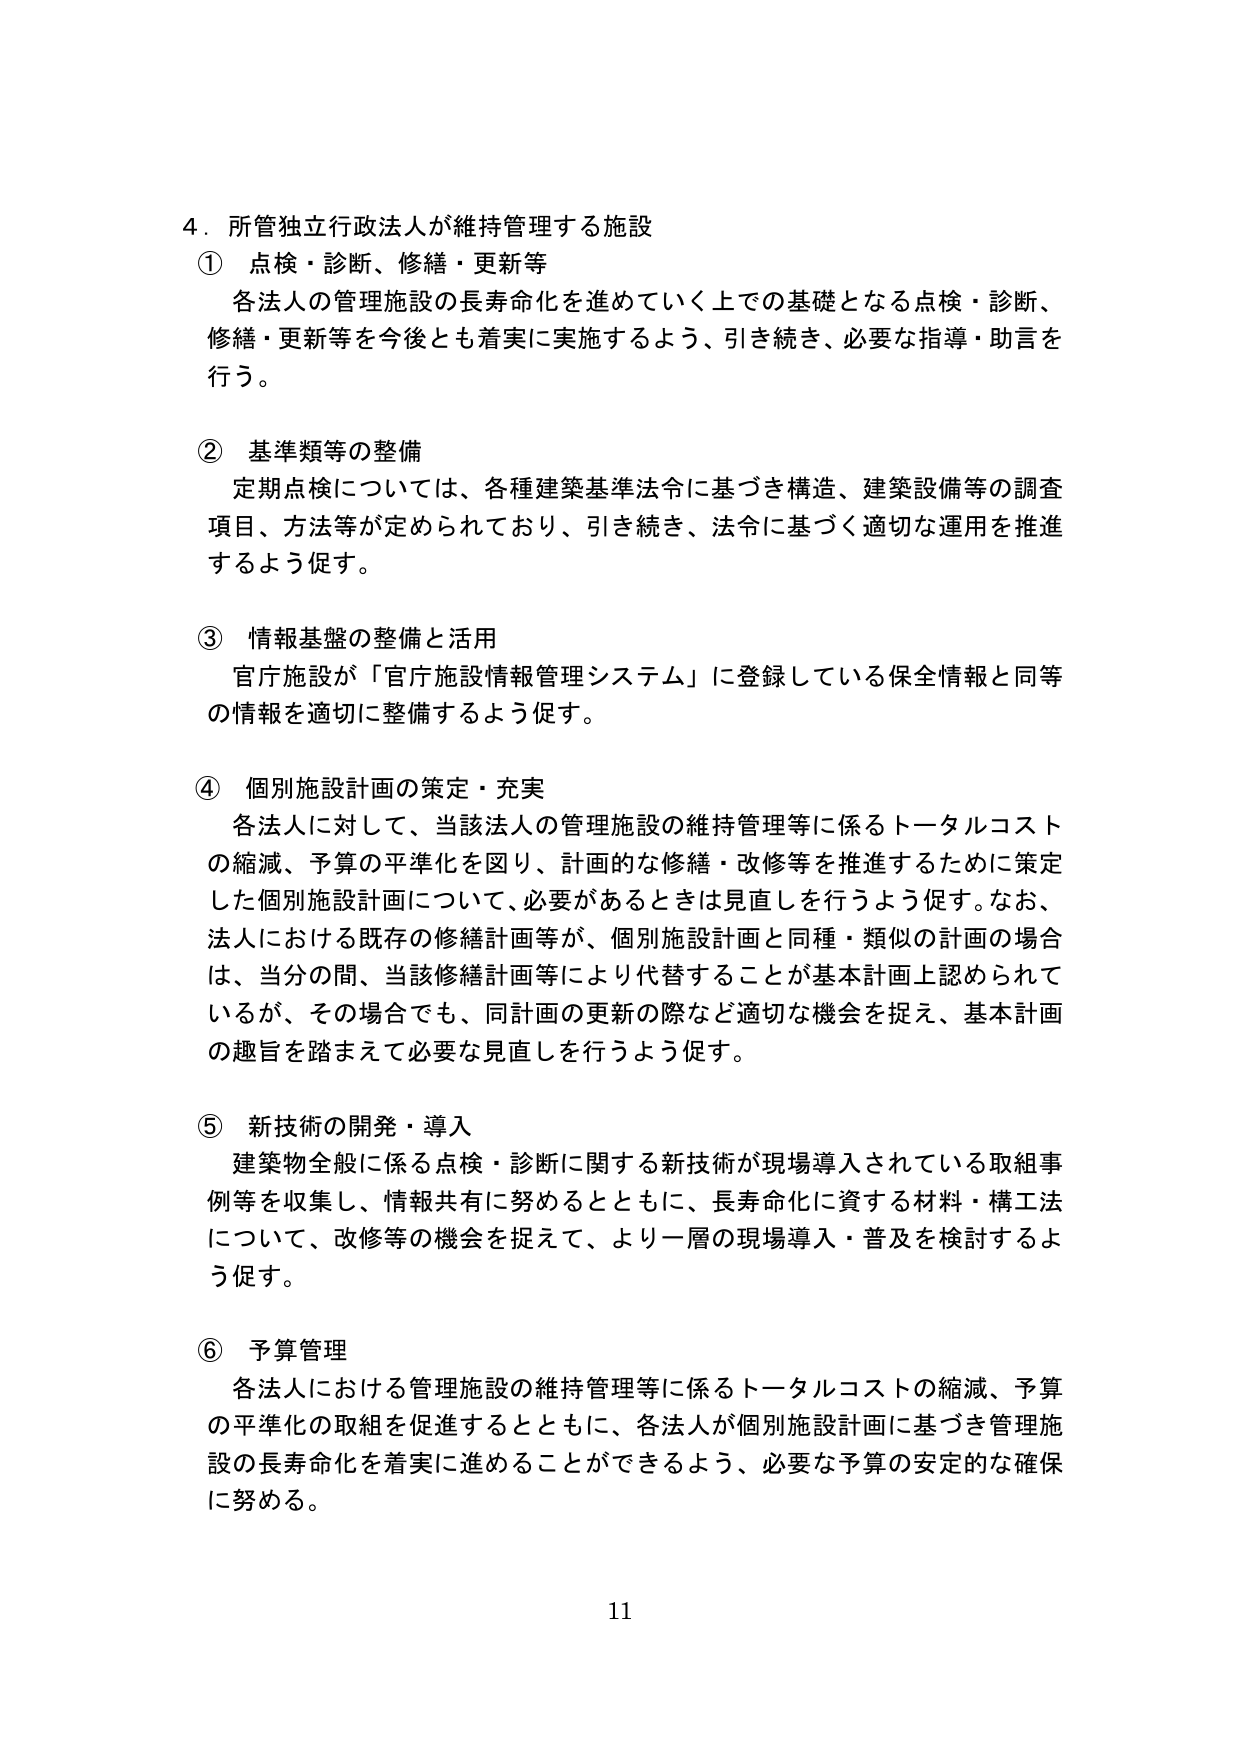
4．所管独立行政法人が維持管理する施設
① 点検・診断、修繕・更新等
　各法人の管理施設の長寿命化を進めていく上での基礎となる点検・診断、
　修繕・更新等を今後とも着実に実施するよう、引き続き、必要な指導・助言を
　行う。

② 基準類等の整備
　定期点検については、各種建築基準法令に基づき構造、建築設備等の調査
　項目、方法等が定められており、引き続き、法令に基づく適切な運用を推進
　するよう促す。

③ 情報基盤の整備と活用
　官庁施設が「官庁施設情報管理システム」に登録している保全情報と同等
　の情報を適切に整備するよう促す。

④ 個別施設計画の策定・充実
　各法人に対して、当該法人の管理施設の維持管理等に係るトータルコスト
　の縮減、予算の平準化を図り、計画的な修繕・改修等を推進するために策定
　した個別施設計画について、必要があるときは見直しを行うよう促す。なお、
　法人における既存の修繕計画等が、個別施設計画と同種・類似の計画の場合
　は、当分の間、当該修繕計画等により代替することが基本計画上認められて
　いるが、その場合でも、同計画の更新の際など適切な機会を捉え、基本計画
　の趣旨を踏まえて必要な見直しを行うよう促す。

⑤ 新技術の開発・導入
　建築物全般に係る点検・診断に関する新技術が現場導入されている取組事
　例等を収集し、情報共有に努めるとともに、長寿命化に資する材料・構工法
　について、改修等の機会を捉えて、より一層の現場導入・普及を検討するよ
　う促す。

⑥ 予算管理
　各法人における管理施設の維持管理等に係るトータルコストの縮減、予算
　の平準化の取組を促進するとともに、各法人が個別施設計画に基づき管理施
　設の長寿命化を着実に進めることができるよう、必要な予算の安定的な確保
　に努める。

11